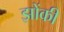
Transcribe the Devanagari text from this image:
झोंकी